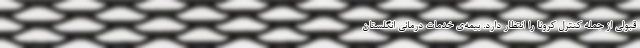
قبولی از جمله کنترل کرونا را انتظار دارد. بیمه‌ی خدمات درمانی انگلستان